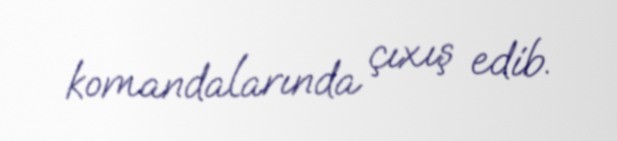
komandalarında çıxış edib.